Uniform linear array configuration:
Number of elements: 64
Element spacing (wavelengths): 0.75
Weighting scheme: uniform
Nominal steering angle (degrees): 0
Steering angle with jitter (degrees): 1.285
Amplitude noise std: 0.05
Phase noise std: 0.05

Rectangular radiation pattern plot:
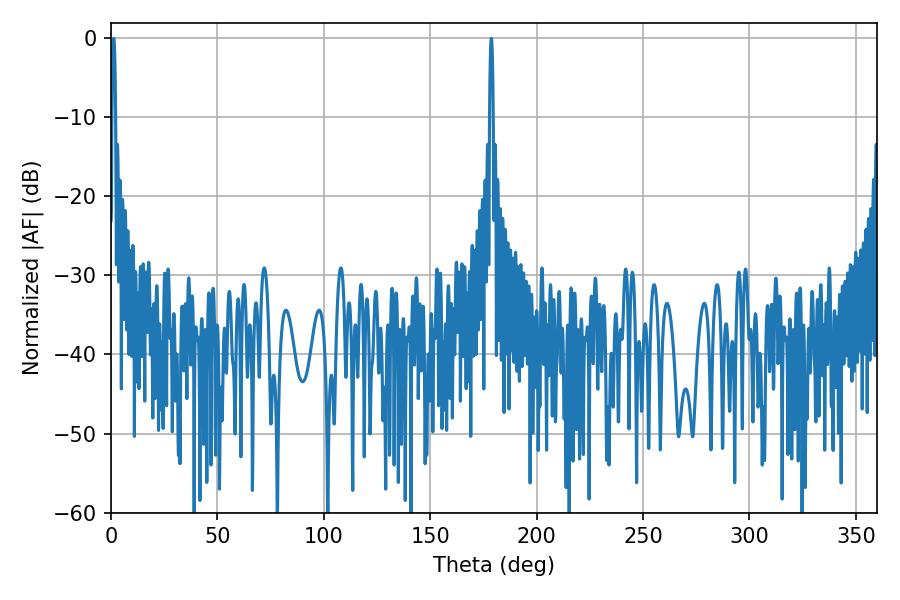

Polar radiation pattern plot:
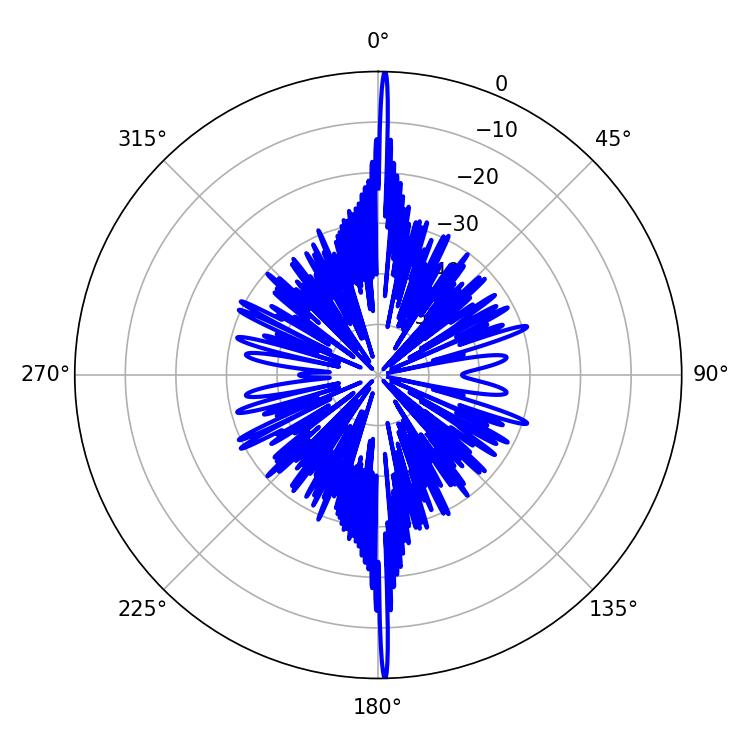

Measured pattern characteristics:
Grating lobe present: TRUE
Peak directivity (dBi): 33.356
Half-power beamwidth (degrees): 0.9
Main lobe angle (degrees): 178.74